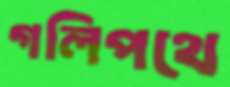
গলিপথে